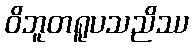
ဝိဘူတရူပသညိဿ